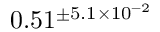
0 . 5 1 ^ { \pm 5 . 1 \times 1 0 ^ { - 2 } }